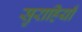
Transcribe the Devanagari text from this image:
सुराहियाँ